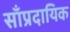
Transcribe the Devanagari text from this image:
साँप्रदायिक